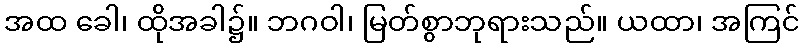
အထ ခေါ၊ ထိုအခါ၌။ ဘဂဝါ၊ မြတ်စွာဘုရားသည်။ ယထာ၊ အကြင်